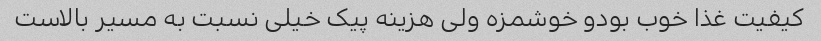
کیفیت غذا خوب بودو خوشمزه ولی هزینه پیک خیلی نسبت به مسیر بالاست